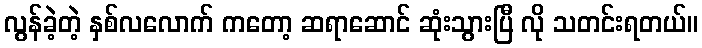
လွန်ခဲ့တဲ့ နှစ်လလောက် ကတော့ ဆရာဆောင် ဆုံးသွားပြီ လို သတင်းရတယ်။